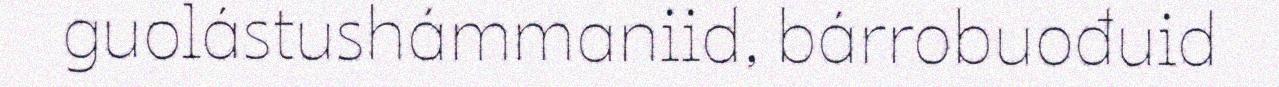
guolástushámmaniid, bárrobuođuid